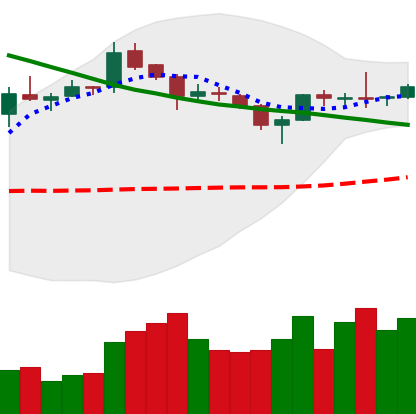
Ticker: XLM-USD
Chart end date: 2019-04-01
Forward return: 13.788%
Label: up_7plus